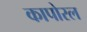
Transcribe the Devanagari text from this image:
कापोरल